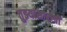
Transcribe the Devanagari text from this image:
तुझ्यासारखी